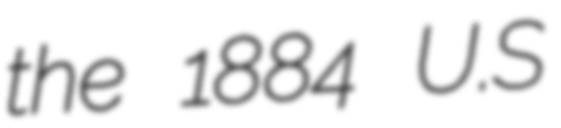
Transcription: the 1884 U.S